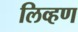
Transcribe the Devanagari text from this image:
लिव्हण